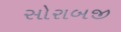
સોરાબજી